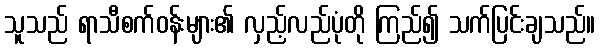
သူသည် ရာသီစက်ဝန်းများ၏ လှည့်လည်ပုံတို ကြည်၍ သက်ပြင်းချသည်။